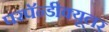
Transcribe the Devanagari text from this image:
परपॅन्डीक्यूलर